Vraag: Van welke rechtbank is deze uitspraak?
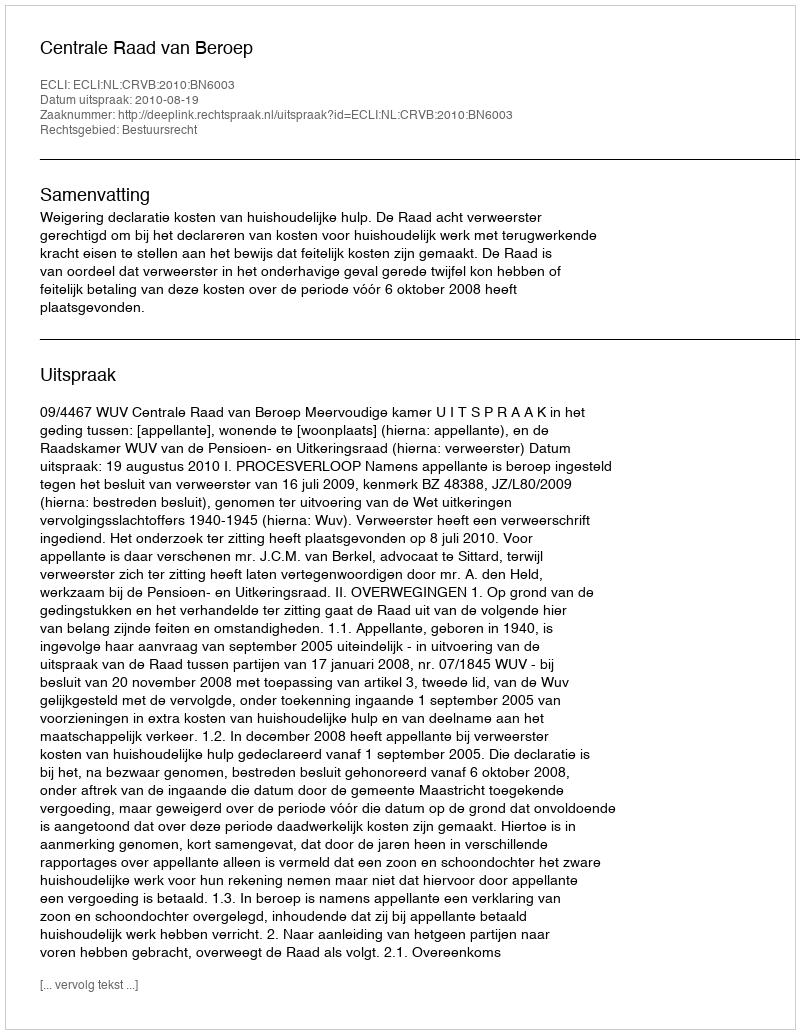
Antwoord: Centrale Raad van Beroep